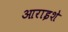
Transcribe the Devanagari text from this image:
आराइशे